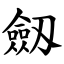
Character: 劔